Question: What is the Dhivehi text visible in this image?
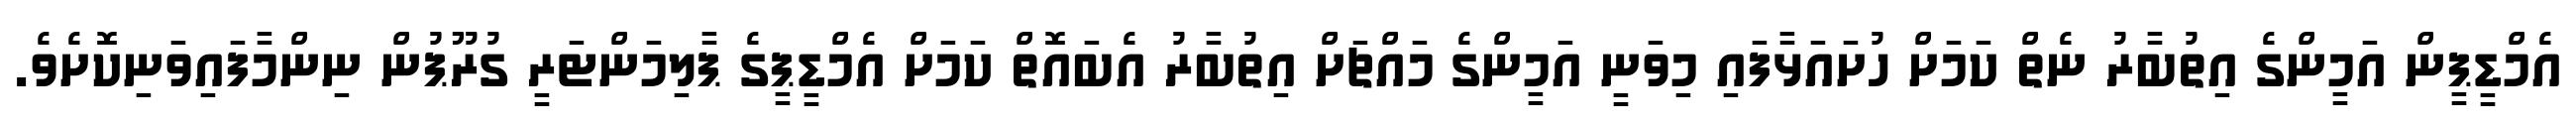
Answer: އެމްޑީޕީން އަމީންގެ އިތުބާރު ނެތް ކަމަށް ހުށައަޅާފައި މިވަނީ އަމީންގެ މައްޗަށް އިތުބާރު އެބައޮތް ކަމަށް އެމްޑީޕީގެ ޕާލިމަންޓަރީ ގުރޫޕުން ނިންމާފައިވަނިކޮށެވެ.